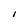
Character: I